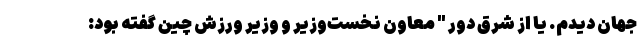
جهان دیدم. یا از شرق دور " معاون نخست‌وزیر و وزیر ورزش چین گفته بود: